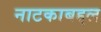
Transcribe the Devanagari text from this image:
नाटकाबद्दल